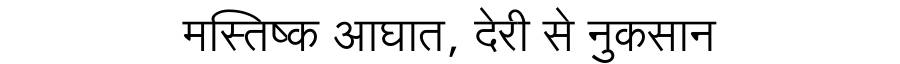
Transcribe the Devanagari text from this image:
मस्तिष्क आघात, देरी से नुकसान